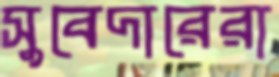
সুবেদারেরা